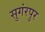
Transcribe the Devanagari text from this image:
सुगंरपुर